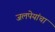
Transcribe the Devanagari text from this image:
जलपेयांचा